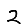
Digit: 2